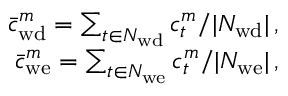
\begin{array} { r } { \bar { c } _ { \mathrm { w d } } ^ { m } = \sum _ { t \in N _ { \mathrm { w d } } } c _ { t } ^ { m } / \lvert N _ { \mathrm { w d } } \rvert \, , } \\ { \bar { c } _ { \mathrm { w e } } ^ { m } = \sum _ { t \in N _ { \mathrm { w e } } } c _ { t } ^ { m } / \lvert N _ { \mathrm { w e } } \rvert \, , } \end{array}